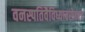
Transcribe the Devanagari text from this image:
वनस्पतिवैविध्याबरोबरच